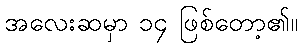
အလေးဆမှာ ၁၄ ဖြစ်တော့၏။